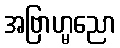
အဗြာဟ္မညော